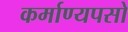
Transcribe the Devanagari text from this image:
कर्माण्यपसो